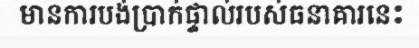
មានការបង់ប្រាក់ផ្ទាល់របស់ធនាគារនេះ